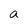
Character: a